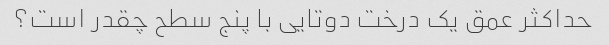
حداکثر عمق یک درخت دوتایی با پنج سطح چقدر است؟